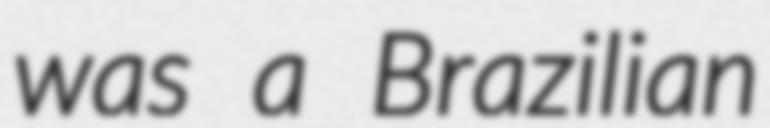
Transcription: was a Brazilian